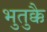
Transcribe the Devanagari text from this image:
भुतुक्कै